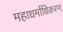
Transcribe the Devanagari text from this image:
महाधर्माधिकरण